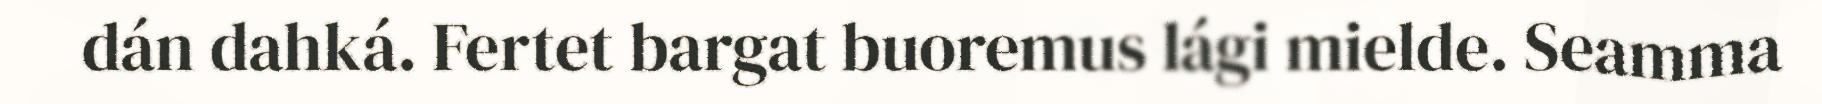
dán dahká. Fertet bargat buoremus lági mielde. Seamma